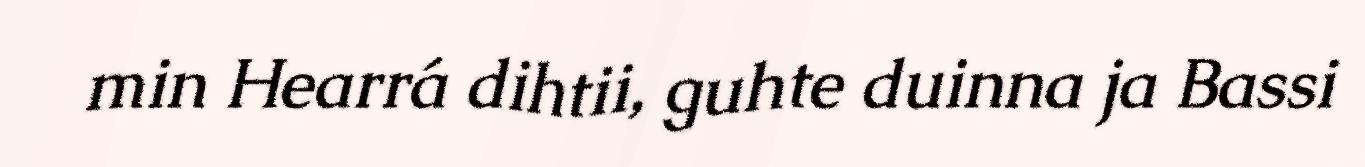
min Hearrá dihtii, guhte duinna ja Bassi